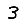
Digit: 3